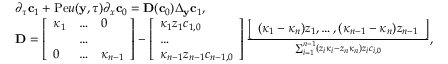
\begin{array} { r l } & { \partial _ { \tau } \mathbf { c } _ { 1 } + \mathrm { P e } u ( \mathbf { y } , \tau ) \partial _ { x } \mathbf { c } _ { 0 } = \mathbf { D } ( \mathbf { c } _ { 0 } ) \Delta _ { \mathbf { y } } \mathbf { c } _ { 1 } , } \\ & { \mathbf { D } = \left[ \begin{array} { l l l } { \kappa _ { 1 } } & { \hdots } & { 0 } \\ & { \hdots } & \\ { 0 } & { \hdots } & { \kappa _ { n - 1 } } \end{array} \right] - \left[ \begin{array} { l } { \kappa _ { 1 } z _ { 1 } c _ { 1 , 0 } } \\ { \hdots } \\ { \kappa _ { n - 1 } z _ { n - 1 } c _ { n - 1 , 0 } } \end{array} \right] \frac { \left[ \begin{array} { l } { ( \kappa _ { 1 } - \kappa _ { n } ) z _ { 1 } , \hdots , ( \kappa _ { n - 1 } - \kappa _ { n } ) z _ { n - 1 } } \end{array} \right] } { \sum _ { i = 1 } ^ { n - 1 } ( z _ { i } \kappa _ { i } - z _ { n } \kappa _ { n } ) z _ { i } c _ { i , 0 } } , } \end{array}